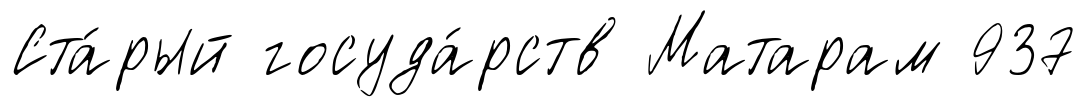
Ста́рый госуда́рств Матарам 937